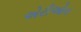
એરીઓન